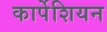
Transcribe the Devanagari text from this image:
कार्पेशियन